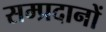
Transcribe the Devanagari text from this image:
सम्प्रदानों